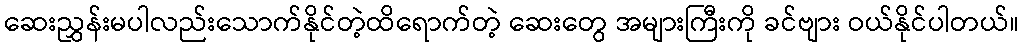
ဆေးညွှန်းမပါလည်းသောက်နိုင်တဲ့ထိရောက်တဲ့ ဆေးတွေ အများကြီးကို ခင်ဗျား ဝယ်နိုင်ပါတယ်။